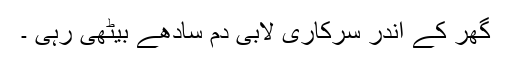
گھر کے اندر سرکاری لابی دم سادھے بیٹھی رہی ۔